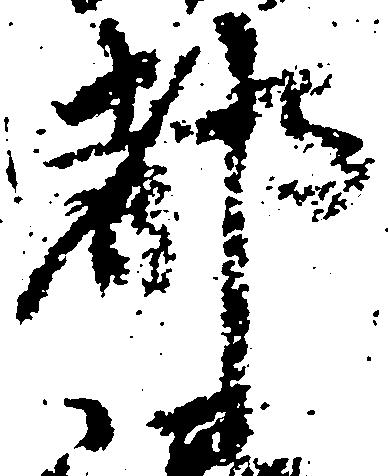
都